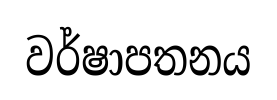
වර්ෂාපතනය